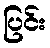
ပြင်း